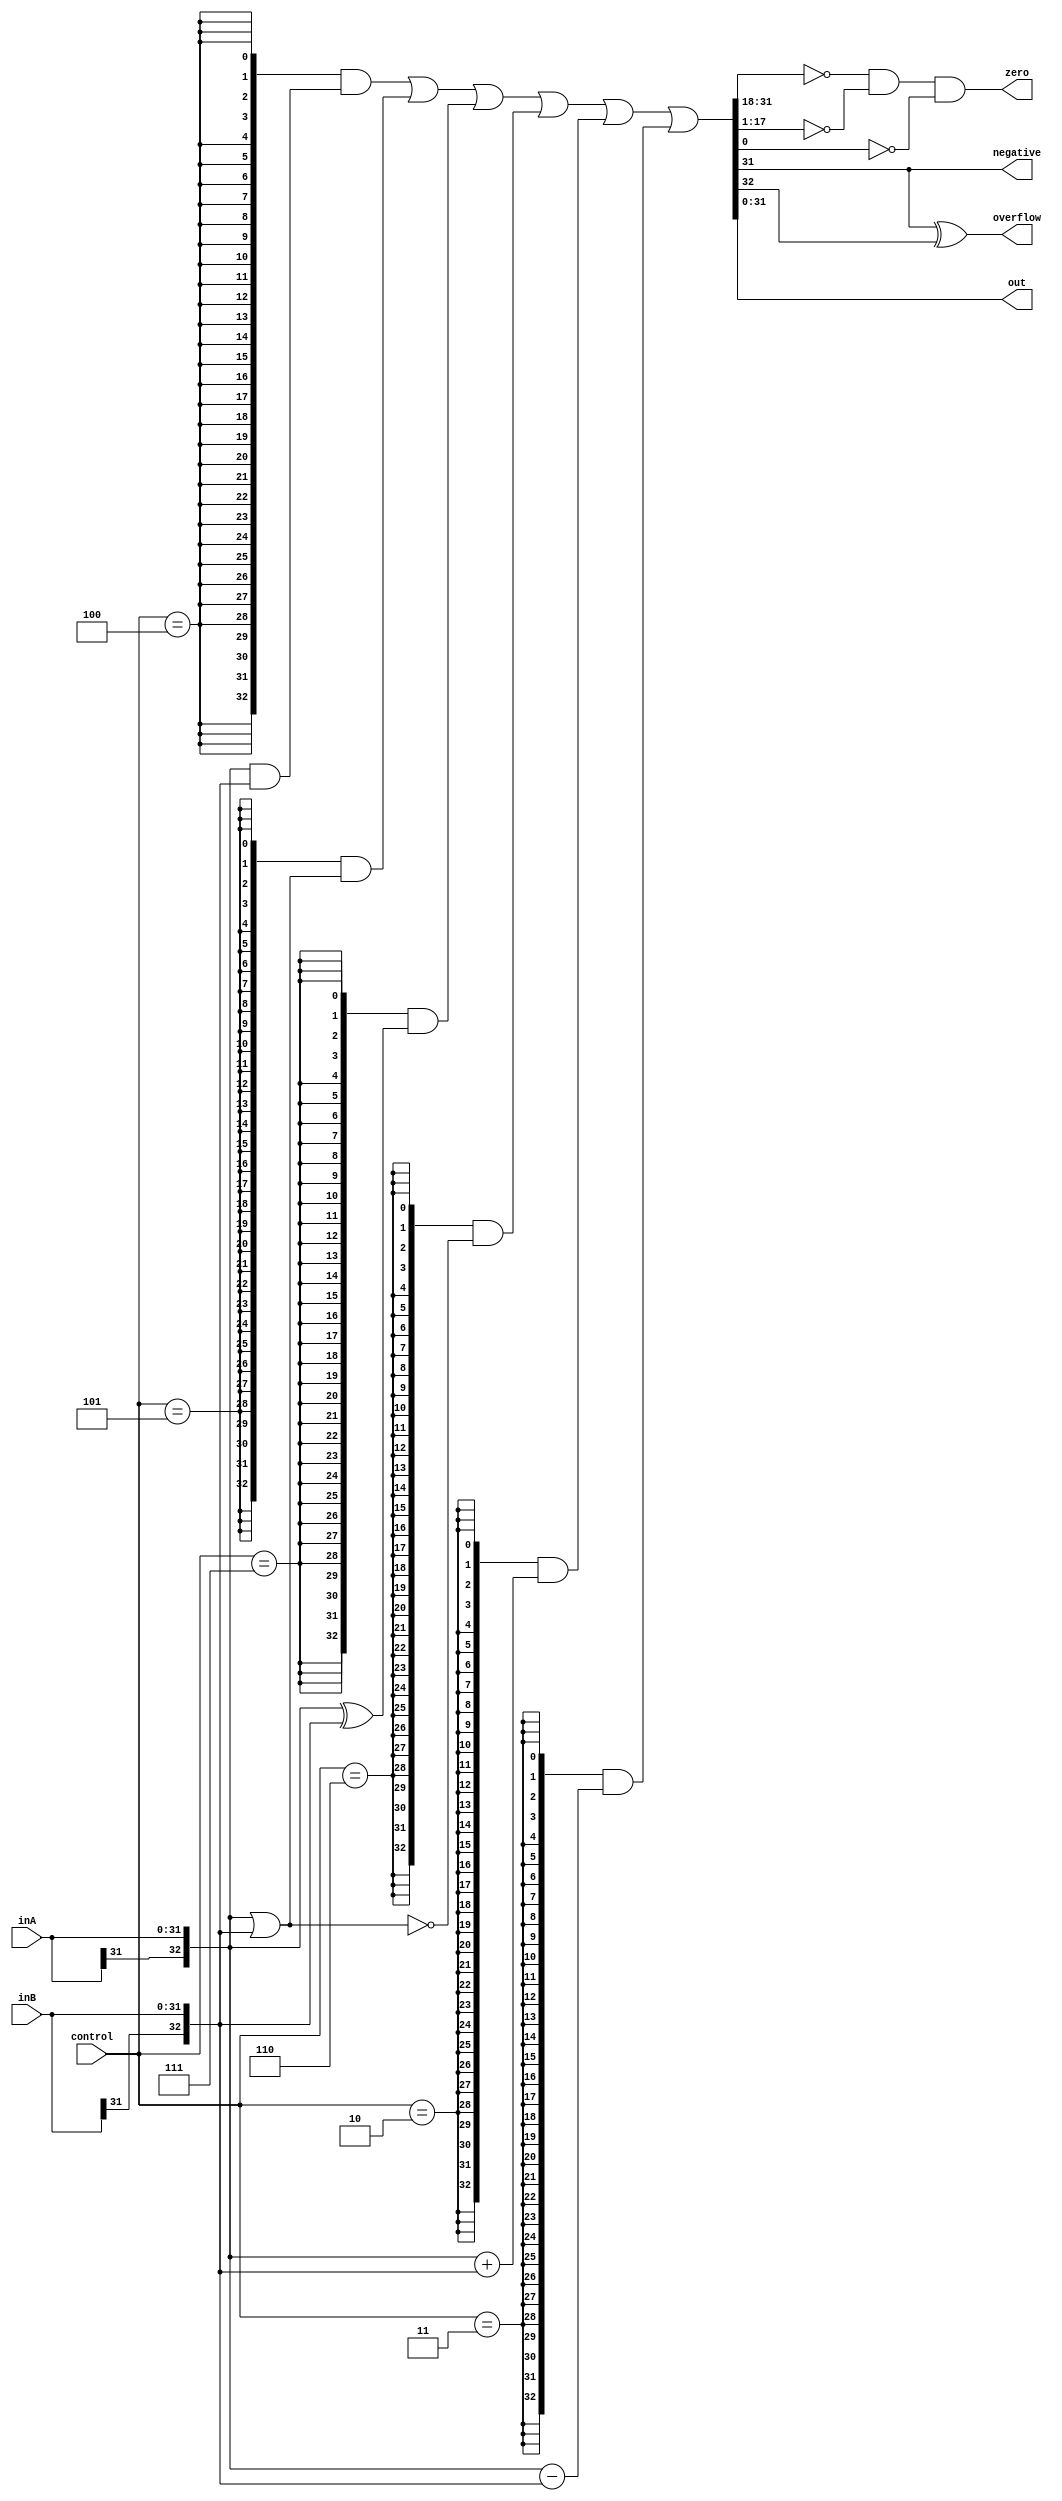
`define ALU_ADD    3'h2
`define ALU_SUB    3'h3
`define ALU_AND    3'h4
`define ALU_OR     3'h5
`define ALU_NOR    3'h6
`define ALU_XOR    3'h7

////
//// mips_ALU: Performs all arithmetic and logical operations
////
//// out (output) - Final result
//// inA (input)  - Operand modified by the operation
//// inB (input)  - Operand used (in arithmetic ops) to modify inA
//// control (input) - Selects which operation is to be performed
////
module alu32(out, overflow, zero, negative, inA, inB, control);
    output [31:0] out;
    output        overflow, zero, negative;
    input  [31:0] inA, inB;
    input   [2:0] control;

    wire   [32:0] inAE = { inA[31], inA };
    wire   [32:0] inBE = { inB[31], inB };
    wire   [32:0] outE = (({33{(control == `ALU_AND)}} &  (inAE & inBE)) |
                          ({33{(control == `ALU_OR)}}  &  (inAE | inBE)) |
                          ({33{(control == `ALU_XOR)}} &  (inAE ^ inBE)) |
                          ({33{(control == `ALU_NOR)}} & ~(inAE | inBE)) |
                          ({33{(control == `ALU_ADD)}} &  (inAE + inBE)) |
                          ({33{(control == `ALU_SUB)}} &  (inAE - inBE)));

    assign out = outE[31:0];
    assign zero = (out[31:18] == 14'b0) & (out[17:1] == 17'd0) & ~out[0];
    xor  x1(negative, out[31], 1'b0);
    xor  x2(overflow, out[31], outE[32]);
   
endmodule